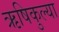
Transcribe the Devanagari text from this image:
ऋषिकुल्या